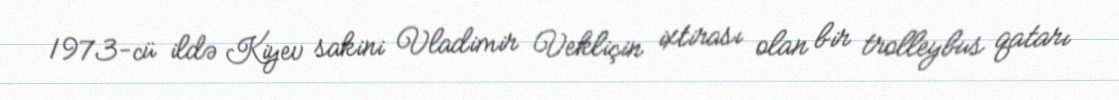
1973-cü ildə Kiyev sakini Vladimir Vekliçin ixtirası olan bir trolleybus qatarı